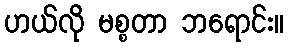
ဟယ်လို မစ္စတာ ဘရောင်း။